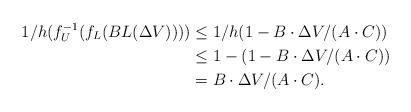
LaTeX: \begin{align*} 1/h(f_U^{-1}(f_L(BL(\Delta V)))) & \leq 1/h(1-B\cdot \Delta V/(A\cdot C))\\ &\leq 1-(1-B\cdot \Delta V/(A\cdot C))\\ &= B\cdot \Delta V/(A \cdot C). \end{align*}